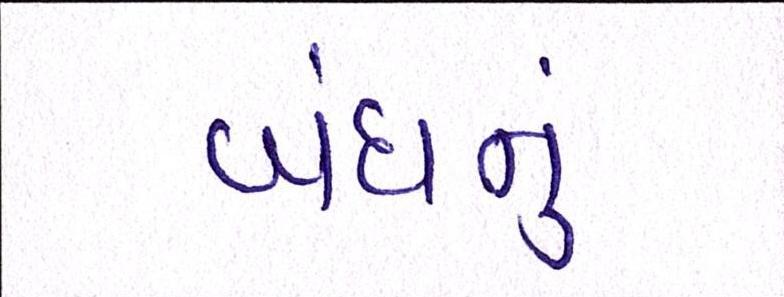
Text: બંધનું